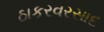
ઠાકરવરસાદ